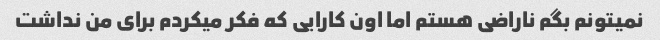
نمیتونم بگم ناراضی هستم اما اون کارایی که فکر میکردم برای من نداشت